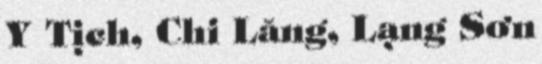
Y Tịch, Chi Lăng, Lạng Sơn